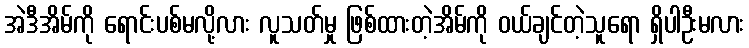
အဲဒီအိမ်ကို ရောင်းပစ်မလို့လား လူသတ်မှု ဖြစ်ထားတဲ့အိမ်ကို ဝယ်ချင်တဲ့သူရော ရှိပါဦးမလား